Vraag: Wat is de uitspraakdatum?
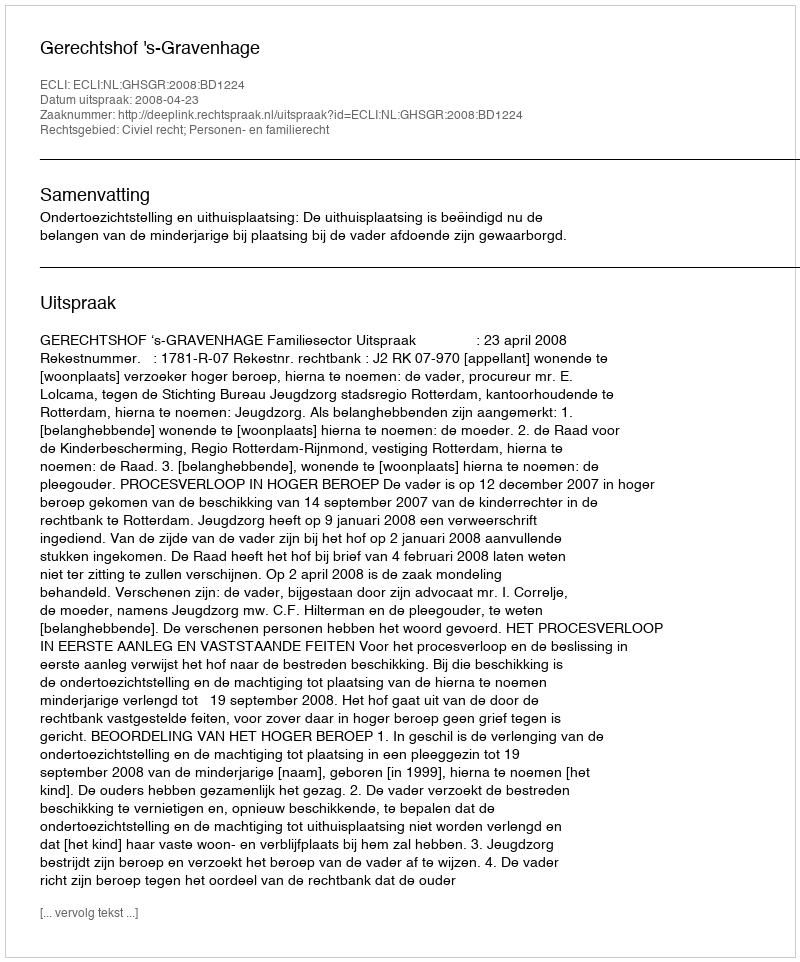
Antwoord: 2008-04-23